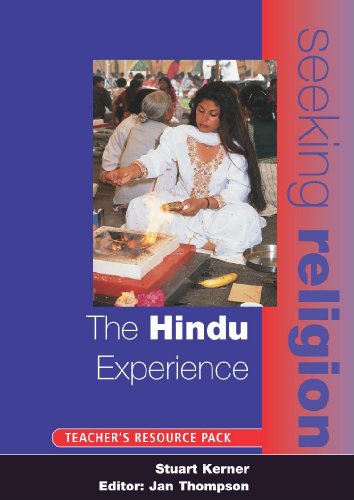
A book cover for The Hindu Experience: Teacher's Resource (Seeking Religion); Mel Thompson; Children's Books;